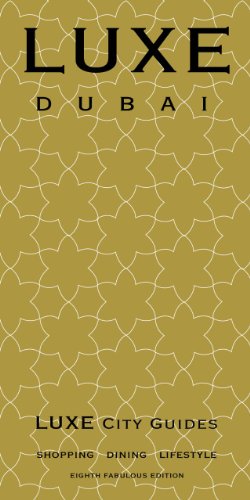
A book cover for LUXE Dubai (Luxe City Guides); LUXE City Guides; Travel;